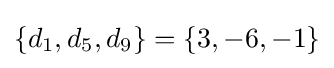
\{d_{1},d_{5},d_{9}\}=\{3,-6,-1\}